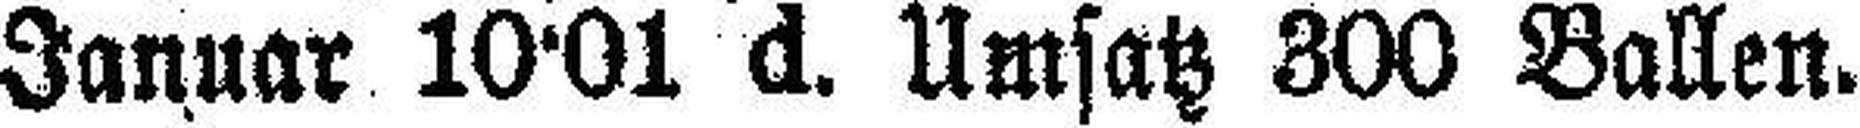
Januar 10·01 d. Umsatz 300 Ballen.